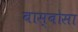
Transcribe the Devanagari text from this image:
बास्बोसा